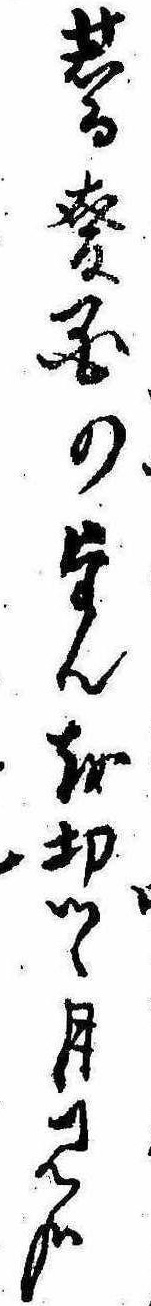
蕎麦国のたんを切つゝ月見哉